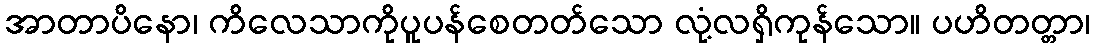
အာတာပိနော၊ ကိလေသာကိုပူပန်စေတတ်သော လုံ့လရှိကုန်သော။ ပဟိတတ္တာ၊